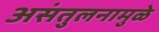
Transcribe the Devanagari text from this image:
असंतुलनामुळे